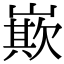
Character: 㠌